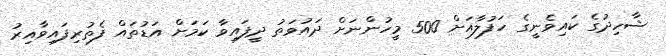
ޝާހިދުގެ ކައިވެނީގެ ހަފުލާއަށް 500 މީހުންނަށް ދައުވަތު ދީފައިވާ ކަމަށް އަޑުތައް ފެތުރިފައިވާއިރު